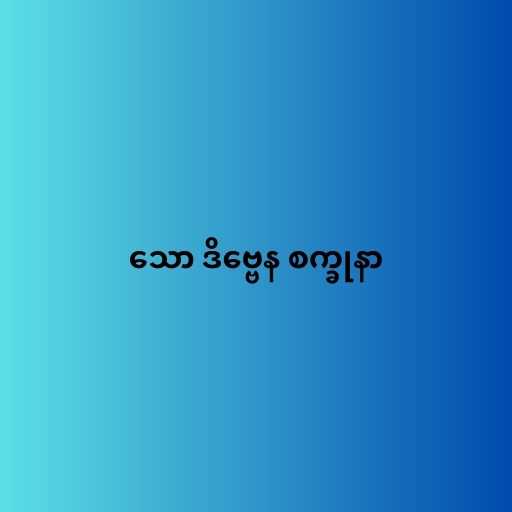
သော ဒိဗ္ဗေန စက္ခုနာ